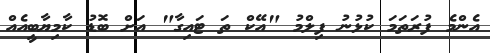
އެންމެ ފުރަތަމަ ކުޅުނު ފިލްމު "އޭކް ތަ ޓައިގާ" އަށް ބޮޑު ކާމިޔާބީއެއް